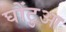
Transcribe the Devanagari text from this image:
घोंटुआ